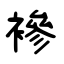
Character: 襂